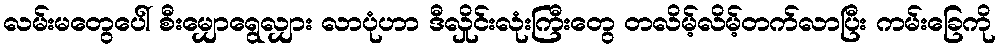
လမ်းမတွေပေါ် စီးမျှောရွေလျှား လာပုံဟာ ဒီလှိုင်းလုံးကြီးတွေ တလိမ့်လိမ့်တက်လာပြီး ကမ်းခြေကို